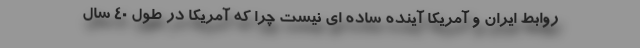
روابط ایران و آمریکا آینده ساده ای نیست چرا که آمریکا در طول ۴۰ سال